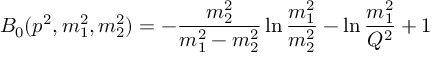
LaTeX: { \cal B } _ { 0 } ( p ^ { 2 } , m _ { 1 } ^ { 2 } , m _ { 2 } ^ { 2 } ) = - { \frac { m _ { 2 } ^ { 2 } } { m _ { 1 } ^ { 2 } - m _ { 2 } ^ { 2 } } } \ln { \frac { m _ { 1 } ^ { 2 } } { m _ { 2 } ^ { 2 } } } - \ln { \frac { m _ { 1 } ^ { 2 } } { Q ^ { 2 } } } + 1